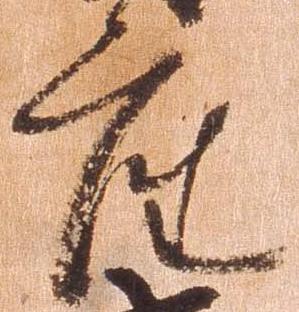
座